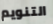
التنويم